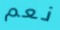
نعم